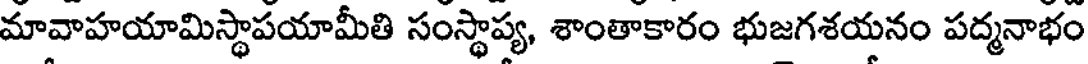
మావాహయామిస్థాపయామీతి సంస్థాప్య, శాంతాకారం భుజగశయనం పద్మనాభం